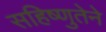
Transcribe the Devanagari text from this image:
सहिष्णुतेने